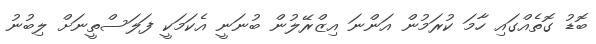
ބޮޑު ގޮތެއްގައި ހާމަ ކުރަމުން އަންނަ އިޒްރޭލުން ބުނަނީ އެކަމަކީ ފަލަސްތީނަށް ލިބުނު